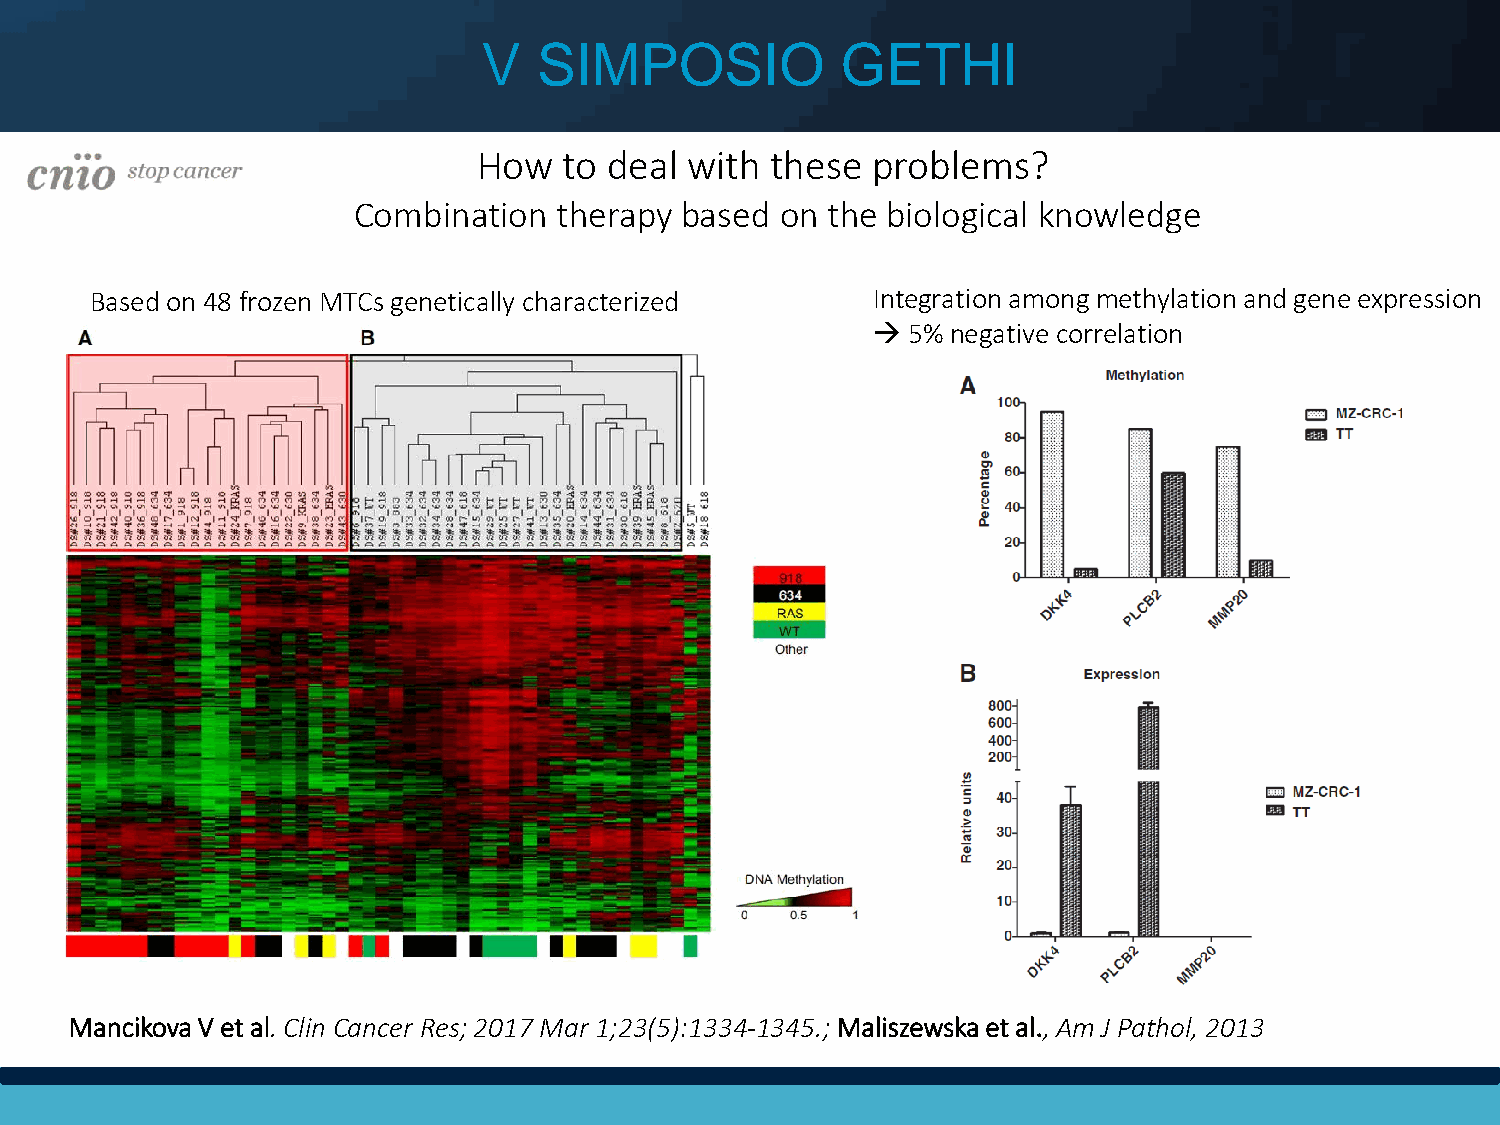
V   SIMPOSIO            GETHI
 How  to deal with  these  problems?
 Combination   therapy based  on the biological knowledge
 Based on 48 frozen MTCs genetically characterized   Integration among methylation and gene expression
  5% negative correlation
 Mancikova V et al. Clin Cancer Res; 2017 Mar 1;23(5):1334-1345.; Maliszewska et al., Am J Pathol, 2013